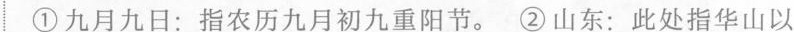
①九月九日：指农历九月初九重阳节。②山东：此处指华山以东。